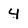
Character: 4